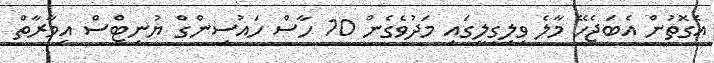
އެގޮތުން އެބަޖެހޭ މާލެ ވިލިގިލީގައި މަދުވެގެން 10 ހާސް ހައުސިންގް ޔުނިޓްސް އިމާރާތް